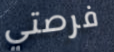
فرصتي